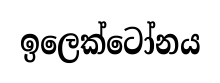
ඉලෙක්ටෝනය